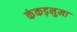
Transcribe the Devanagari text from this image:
कंकड़नुमा